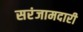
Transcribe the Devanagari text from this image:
सरंजामदारी